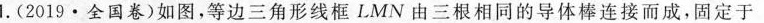
1.(2019·全国卷)如图，等边三角形线框LMN由三根相同的导体棒连接而成，固定于